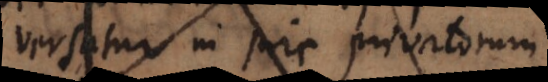
versatur in jure privatorum